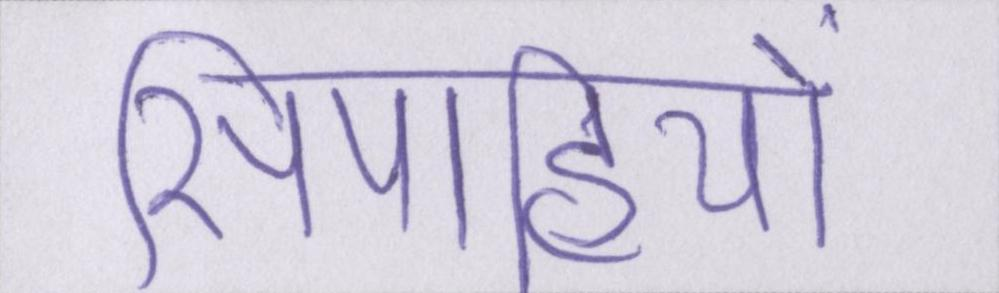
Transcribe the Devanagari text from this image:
सिपाहियों